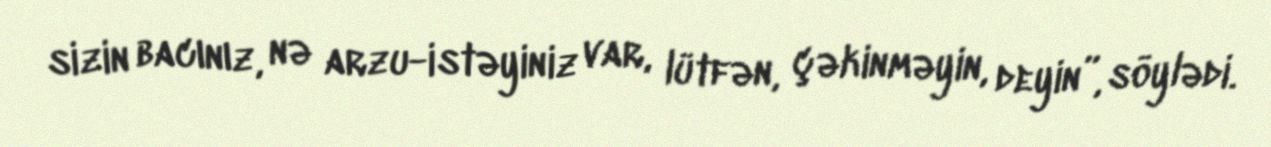
sizin bacınız, nə arzu-istəyiniz var, lütfən, çəkinməyin, deyin”, söylədi.